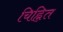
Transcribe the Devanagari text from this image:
चिह्नित